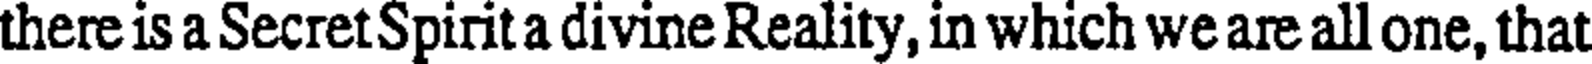
there is a Secret Spirit a divine Reality, in which we are all one, that